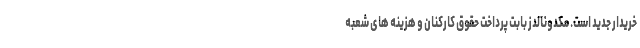
خریدار جدید است. مکدونالدز بابت پرداخت حقوق کارکنان و هزینه های شعبه